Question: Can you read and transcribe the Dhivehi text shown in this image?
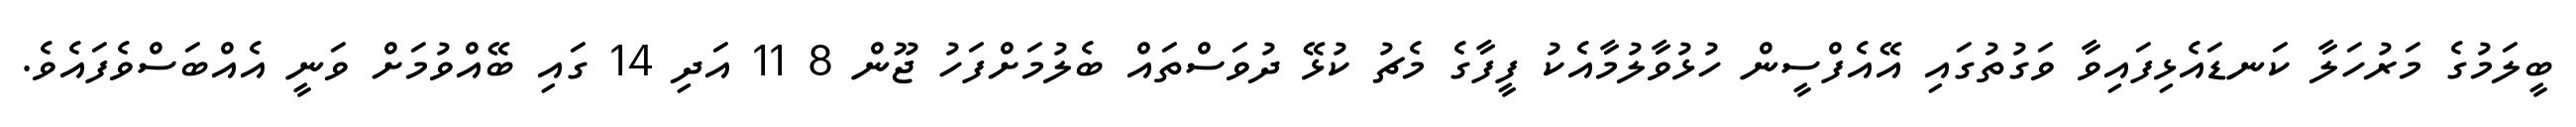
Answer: ބީލަމުގެ މަރުހަލާ ކަނޑައެޅިފައިވާ ވަގުތުގައި އޭއެފްސީން ހުޅުވާލުމާއެކު ފީފާގެ މެޗު ކުޅޭ ދުވަސްތައް ބެލުމަށްފަހު ޖޫން 8 11 އަދި 14 ގައި ބޭއްވުމަށް ވަނީ އެއްބަސްވެފައެވެ.